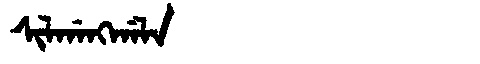
Manchu: ᠰᡳᠯᡤᠠᠩᡤᠠᠯᠠ
Romanization: SILGANGGALA